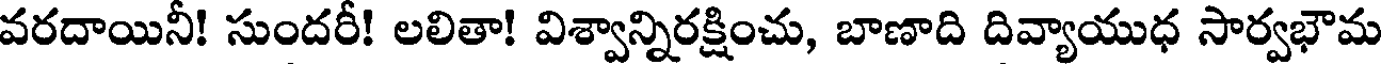
వరదాయినీ! సుందరీ! లలితా! విశ్వాన్నిరక్షించు, బాణాది దివ్యాయుధ సార్వభౌమ